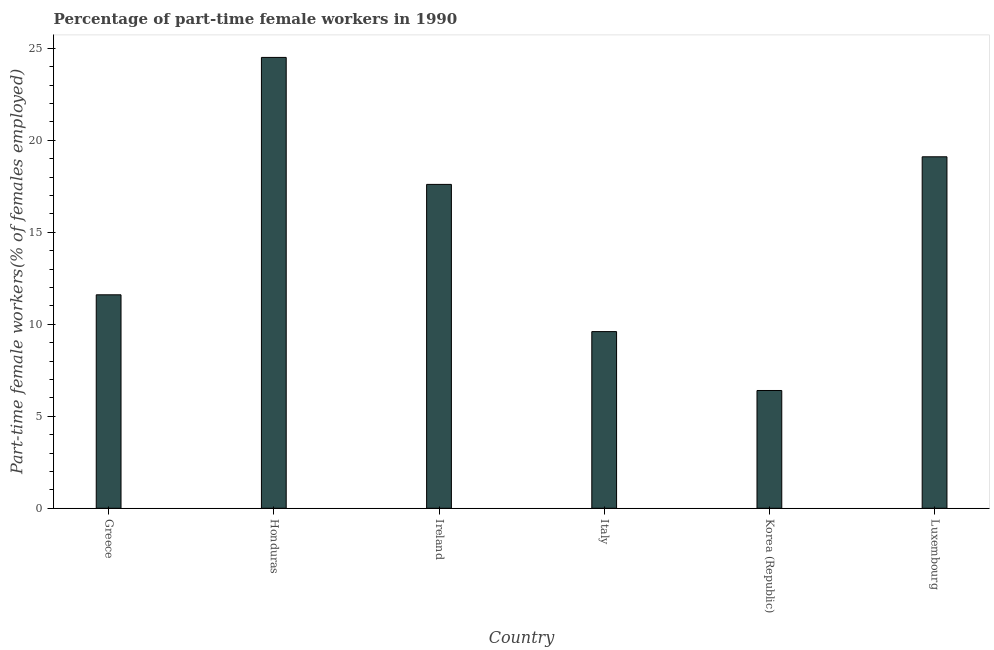
| Country | Part time employment |
 | --- | --- |
 | Greece | 11.6 |
 | Honduras | 24.5 |
 | Ireland | 17.6 |
 | Italy | 9.6 |
 | Korea (Republic) | 6.4 |
 | Luxembourg | 19.1 |